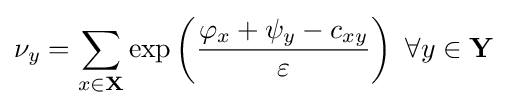
\nu _{y}=\sum _{x\in \mathbf {X} }\exp \left({\frac {\varphi _{x}+\psi _{y}-c_{xy}}{\varepsilon }}\right)~\forall y\in \mathbf {Y}